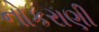
નોકરાણી